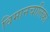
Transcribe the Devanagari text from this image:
विमानचालिका